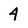
Character: 4